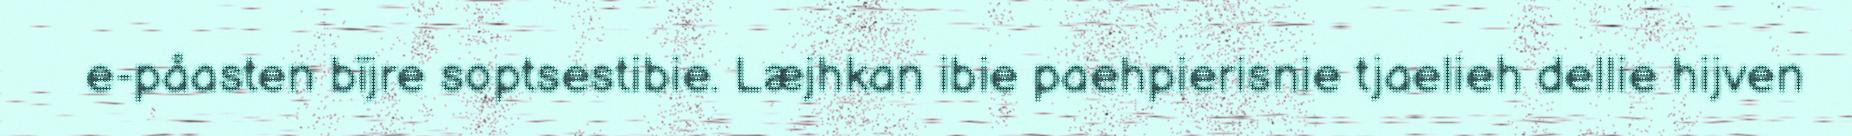
e-påasten bïjre soptsestibie. Læjhkan ibie paehpierisnie tjaelieh dellie hijven